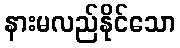
နားမလည်နိုင်သော